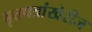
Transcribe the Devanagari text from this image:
वृत्तपत्रांखेरीज